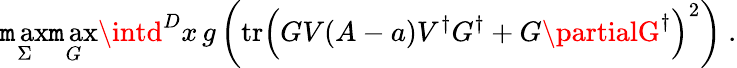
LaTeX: \operatorname*{\mathtt{m}ax}_{\Sigma}\operatorname*{\mathtt{m}ax}_{G}\intd^{D}x\, g\left(\mathrm{{tr}}\left(GV(A-a)V^{\dagger}G^{\dagger}+G\partialG^{\dagger}\right)^{2}\right)\ .